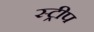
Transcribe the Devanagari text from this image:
स्‍ट्रीप